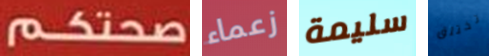
صحتكم زعماء سليمة تختلق